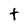
Character: t